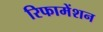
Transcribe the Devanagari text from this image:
रिफामेंशन